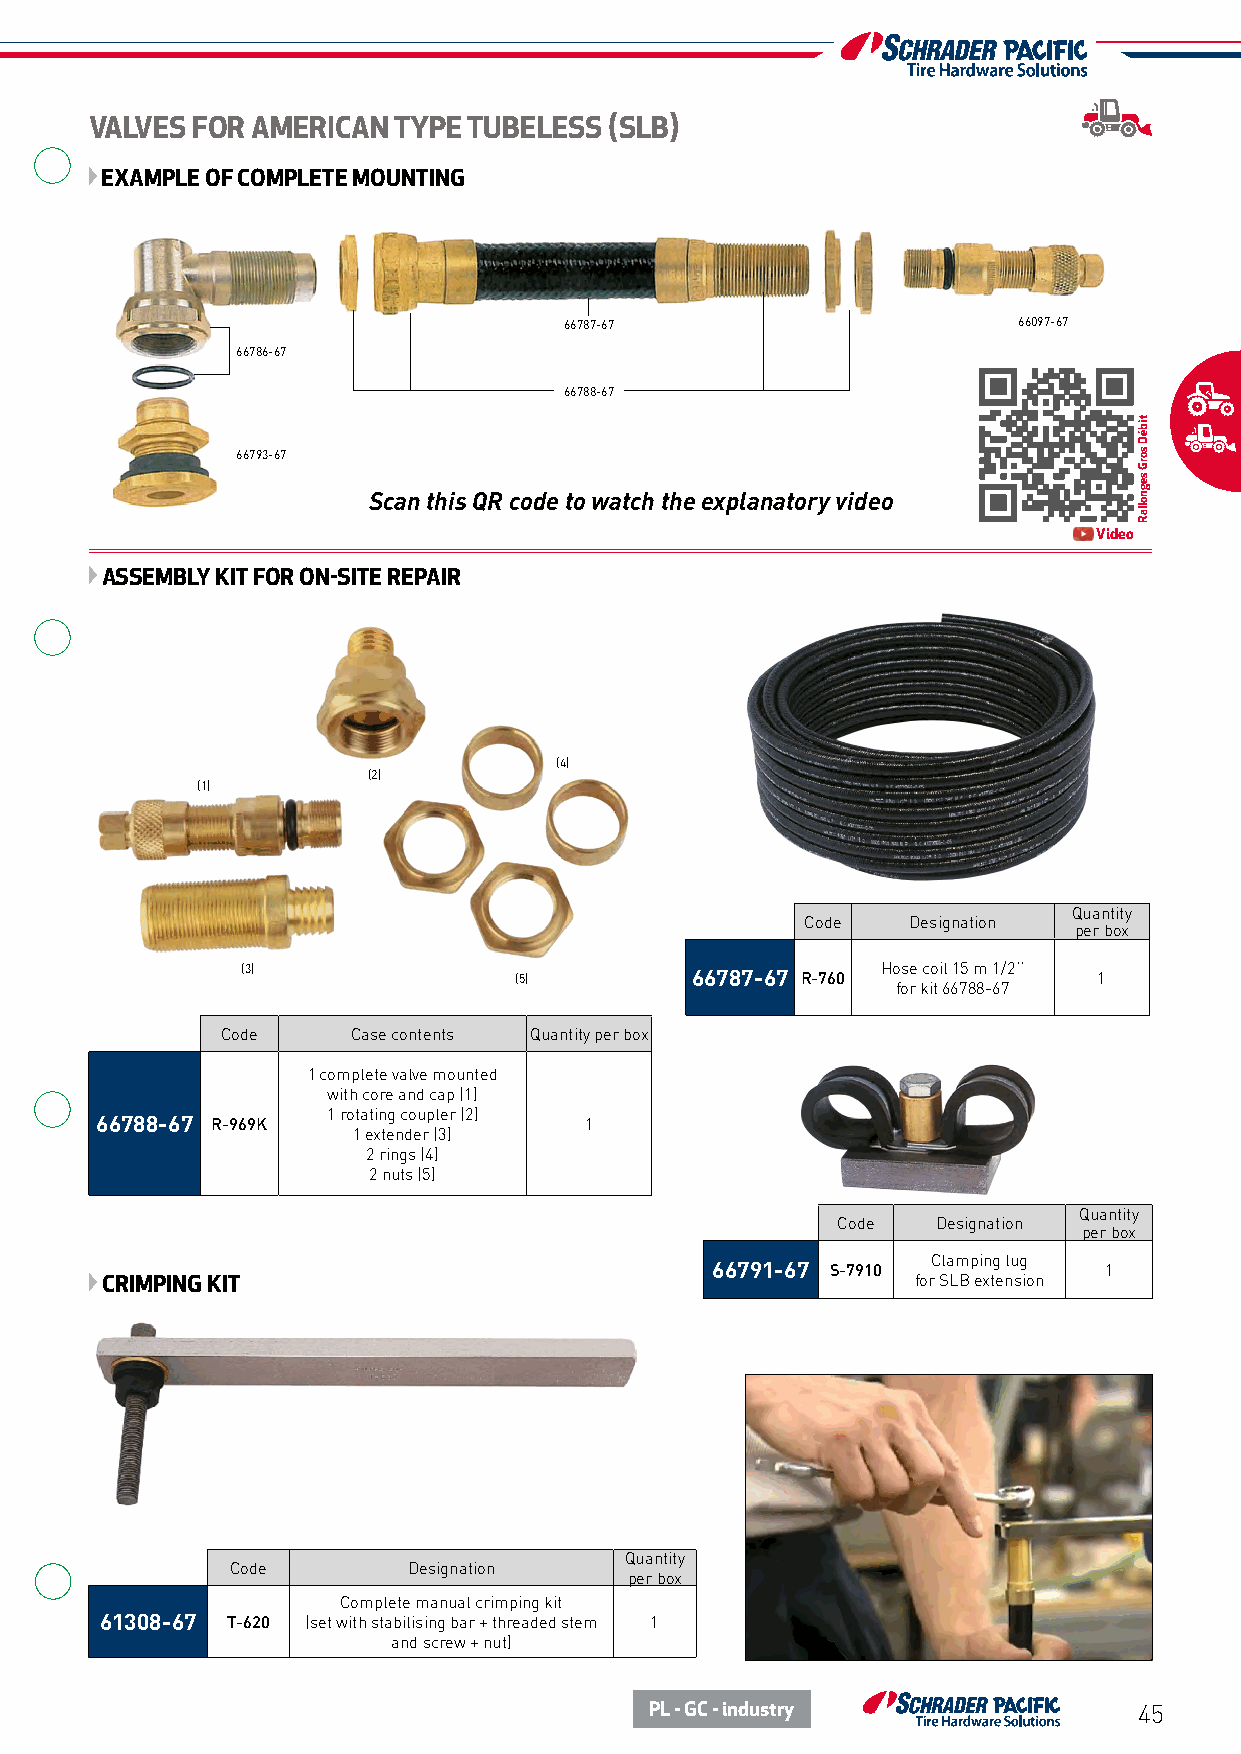
VALVES FOR AMERICAN TYPE TUBELESS (SLB)
 EXAMPLE OF COMPLETE MOUNTING
 66787-67                      66097-67
 66786-67
 66788-67
 66793-67
 Scan this QR code to watch the explanatory video
 Video
 ASSEMBLY KIT FOR ON-SITE REPAIR
 (4)
 (2)
 (1)
 Quantity
 Code   Designation
 per box
 (3)               (5)         66787-67 R-760 Hose coil 15 m 1/2’’ 1
 for kit 66788-67
 Code    Case contents Quantity per box
 1 complete valve mounted
 with core and cap (1)
 1 rotating coupler (2)
 66788-67 R-969K                  1
 1 extender (3)
 2 rings (4)
 2 nuts (5)
 Quantity
 Code   Designation
 per box
 Clamping lug
 66791-67 S-7910           1
 CRIMPING KIT                                          for SLB extension
 Quantity
 Code        Designation
 per box
 Complete manual crimping kit
 61308-67 T-620 (set with stabilising bar + threaded stem 1
 and screw + nut)
 PL - GC - industry              45
 tibéD
 sorG
 segnollaR